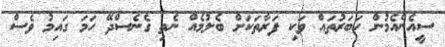
ސީއެންއެމުން ހަބަރުތައް ވަކި ފަރާތަކަށް ބެލުމެއް ނެތި ގެނެސްދޭ ހަމަ ގައިމު ވެސް